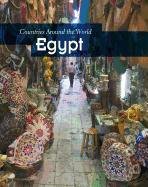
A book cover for Egypt (Countries Around the World); Marta Segal Block; Children's Books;